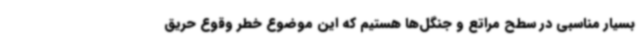
بسیار مناسبی در سطح مراتع و جنگل‌ها هستیم که این موضوع خطر وقوع حریق